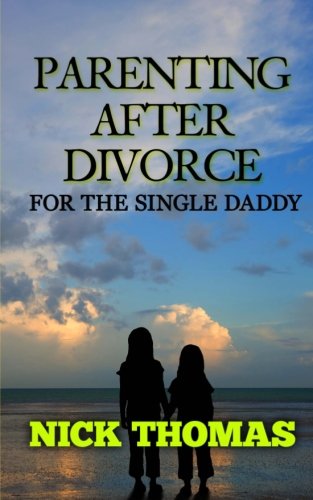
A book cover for Parenting After Divorce For The Single Daddy: The Best Guide To Helping Single Dads Deal With Parenting Challenges After A Divorce; Nick Thomas; Parenting & Relationships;